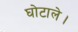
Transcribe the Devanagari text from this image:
घोटाले।